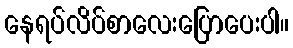
နေရပ်လိပ်စာလေးပြောပေးပါ။